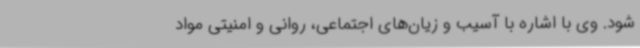
شود. وی با اشاره با آسیب و زیان‌های اجتماعی،‌ روانی و امنیتی مواد